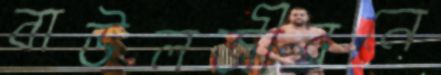
বাউলজীবনে